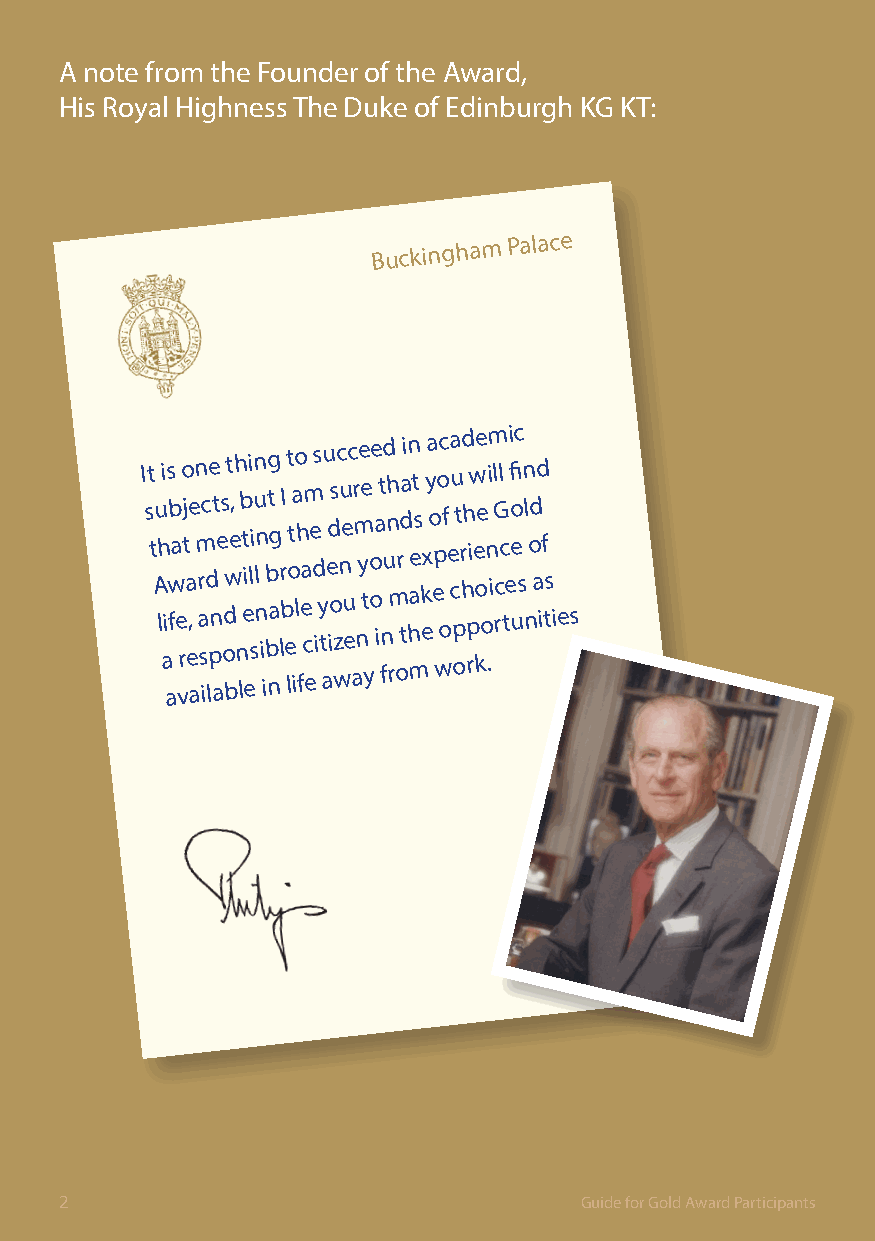
A note from the Founder of the Award,
 His Royal Highness The Duke of Edinburgh KG KT:
 Buckingham
 Palace
 I st t Au h li
 ai
 as wb fa
 e
 vro j t a e,e
 a
 n m r
 a
 sc id lpe nt ae s
 od
 bwt e,h
 n
 lb t ei ei li sn u l nn
 i
 ibbg nt ag lr bI
 e
 lt ot iao lh fea cm
 e
 e d s
 i
 y
 t
 a
 u ed ios
 z
 wc nu e
 u
 ec
 a
 r m
 n
 ye e
 t
 yo oe a
 i
 t fnud nh
 rm
 or tdai hn maet s
 k
 e
 x ya o ep woc of ea cu
 p
 ot r hd h rpiw e koe e on .im i l rG cl c
 t
 ei fi o e uc sn l
 n
 od ad if ts
 i es
 2                                 Guide for Gold Award Participants